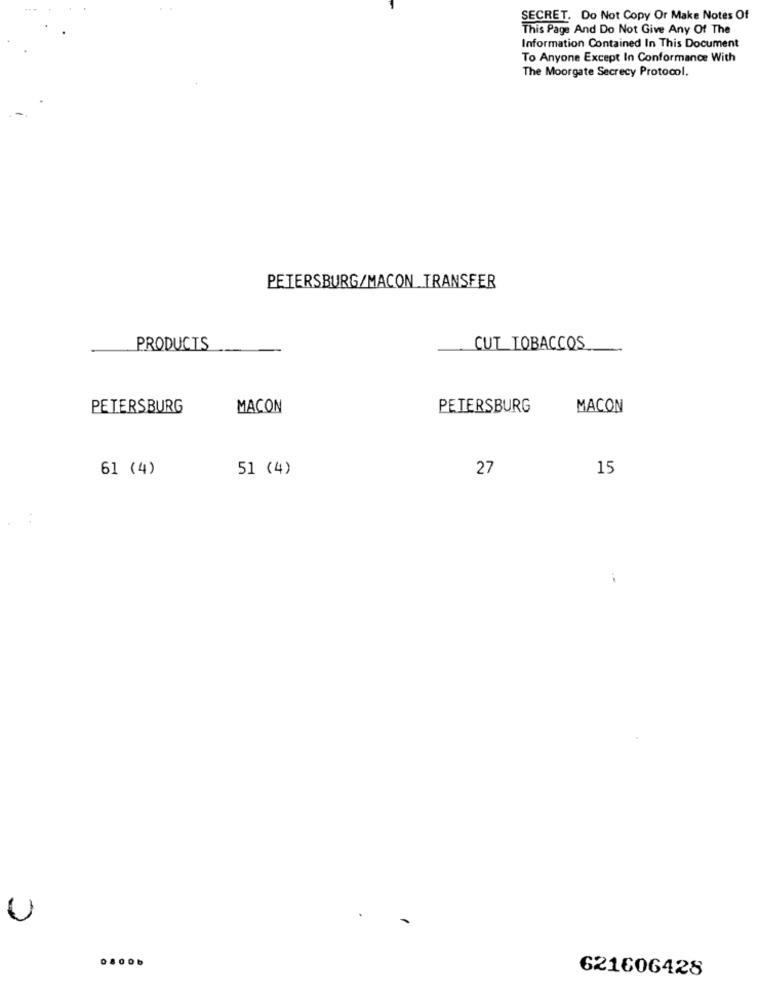
SECRET. Do Not Copy Or Make Notes Of
This Page And Do Not Give Any Of The
Information Contained In This Document
To Anyone Except In Conformance With
The Moorgate Secrecy Protocol.
PETERSBURG/MACON TRANSFER
PRODUCTS
CUT_TOBACCOS
PETERSBURG
MACON
PETERSBURG
MACON
61 (4)
51 (4)
27
15
U
621606428